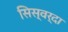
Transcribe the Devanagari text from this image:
सिस्वर्दा